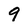
Character: 9